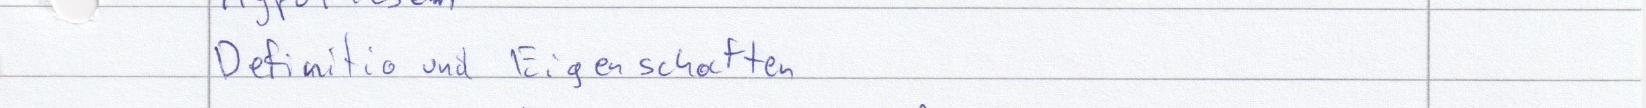
Definitio und Eigenschaften